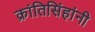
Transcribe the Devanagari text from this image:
क्रांतिसिंहांनी